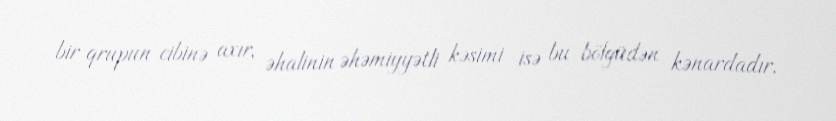
bir qrupun cibinə axır, əhalinin əhəmiyyətli kəsimi isə bu bölgüdən kənardadır.